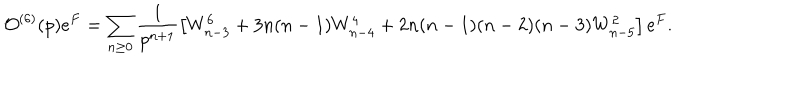
{ \cal O } ^ { ( 6 ) } ( p ) e ^ { F } = \sum _ { n \geq 0 } \frac { 1 } { p ^ { n + 1 } } \left[ W _ { n - 3 } ^ { 6 } + 3 n ( n - 1 ) W _ { n - 4 } ^ { 4 } + 2 n ( n - 1 ) ( n - 2 ) ( n - 3 ) W _ { n - 5 } ^ { 2 } \right] e ^ { F } .